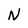
Character: N